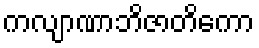
ကလျာဏာဘိဇာတိကော